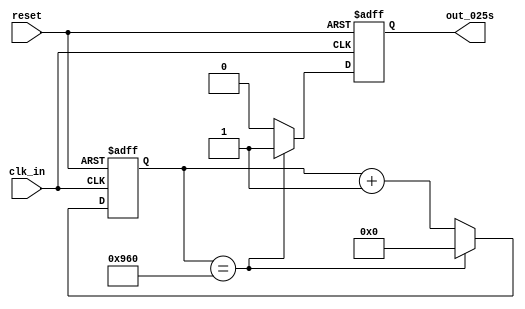
module timer025
(
	input reset,
	input clk_in,
	
	output reg out_025s
);

parameter FRQ = 2400;




reg[11:0] tmp;

// always start
always @(posedge clk_in or negedge reset)
begin
	if(reset == 1'b0) begin
		tmp <= 12'b0;
		out_025s <= 1'b0;
	end
	else begin
		if(tmp == FRQ) begin
			tmp <= 12'b0;
			out_025s <= 1'b1;
		end
		else begin
			tmp <= tmp + 12'b1;
			out_025s <= 1'b0;
		end
	end
end
// always end



endmodule